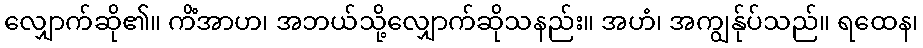
လျှောက်ဆို၏။ ကိံအာဟ၊ အဘယ်သို့လျှောက်ဆိုသနည်း။ အဟံ၊ အကျွန်ုပ်သည်။ ရထေန၊